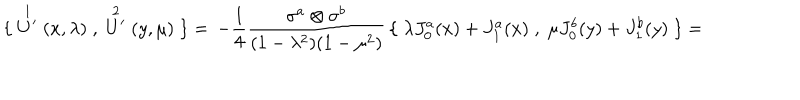
LaTeX: \{ \; \stackrel { 1 } { U ^ { \prime } } ( x , \lambda ) \; , \; \stackrel { 2 } { U ^ { \prime } } ( y , \mu ) \; \} = \, - \frac { 1 } { 4 } \frac { \sigma ^ { a } \otimes \sigma ^ { b } } { ( 1 - \lambda ^ { 2 } ) ( 1 - \mu ^ { 2 } ) } \, \{ \; \lambda J _ { 0 } ^ { a } ( x ) + J _ { 1 } ^ { a } ( x ) \; , \; \mu J _ { 0 } ^ { b } ( y ) + J _ { 1 } ^ { b } ( y ) \; \} =